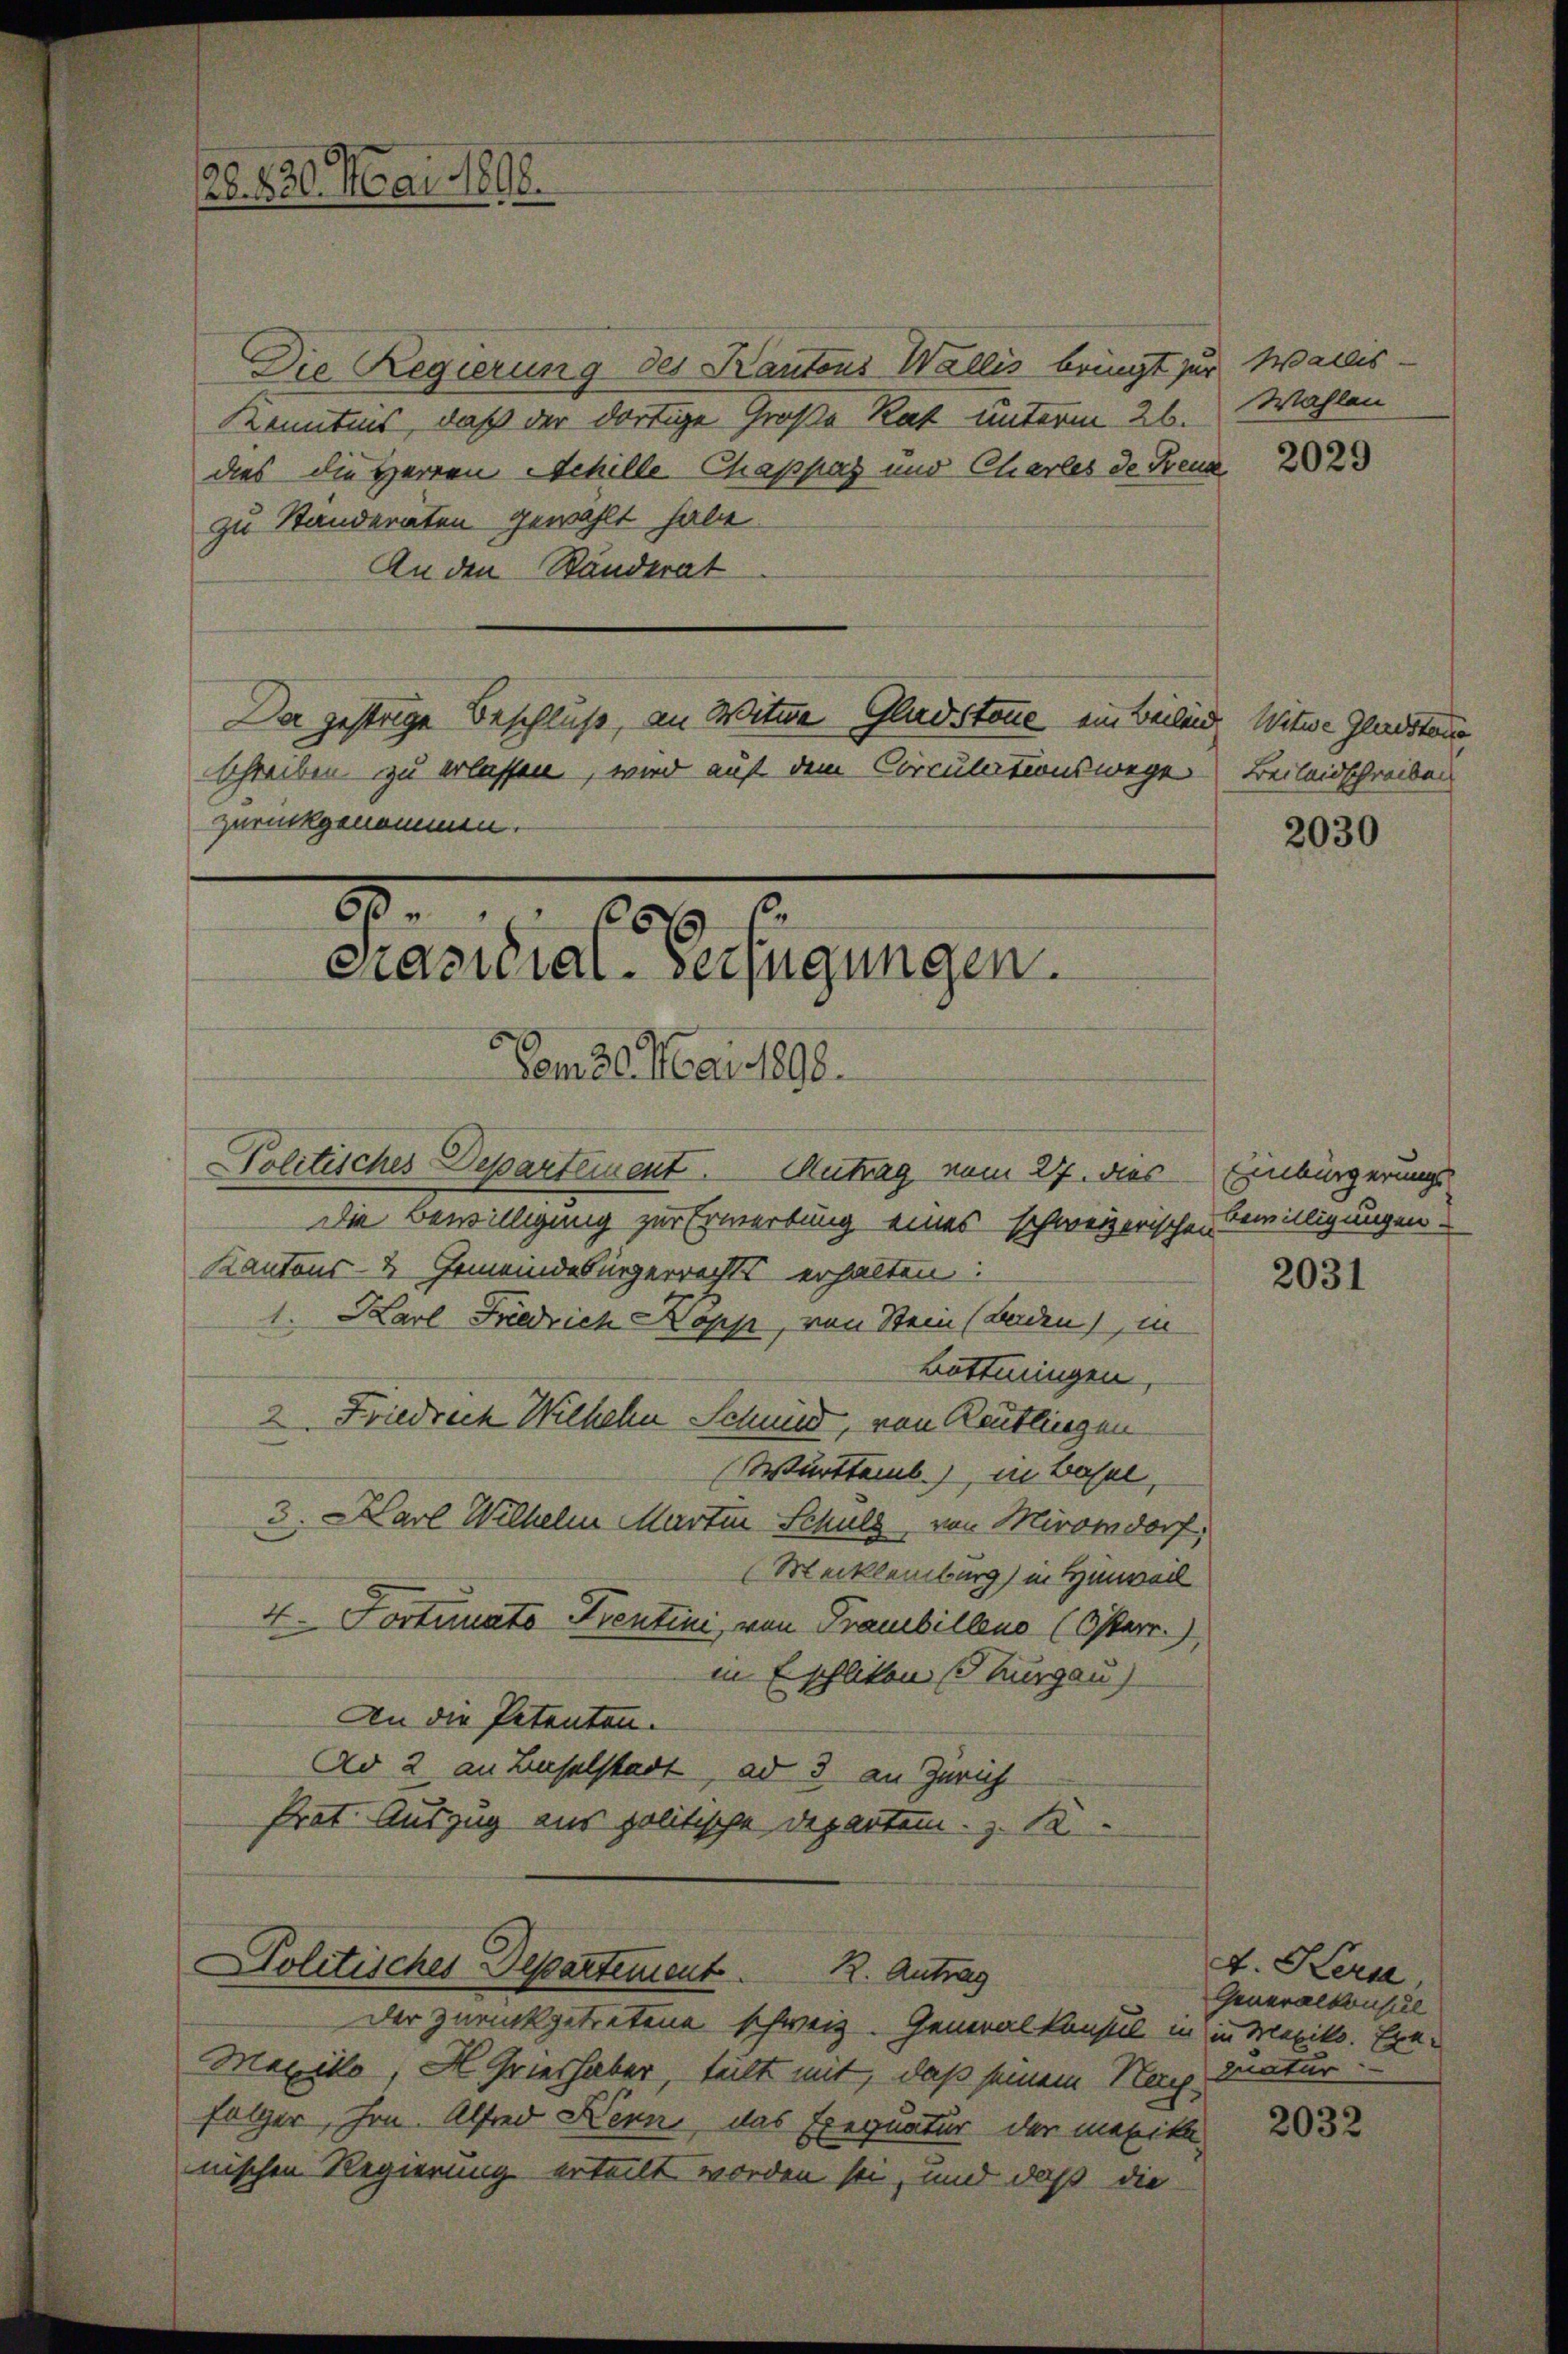
26. 820. Mai 1898.

Die Regierung des Kantons Wallis bringt zur
Kenntnis, daß der dortige Große Rat unterm 26.
dies die Herren Achille Chappaz und Charles de Freud 282
zu Standeräten gewählt habe.
An den Ständerat
Da gestrige Beschluß, an Witwe Gladstone ein Beiland
schreiben zu erlassen, wird auf dem Circulationswege
zurückgenommen.

9
6
Pramidial-Verfügungen.
Vom 26. Mai 1890.

Politisches Departement. Antrag vom 27. dies
Die Bewilligung zur Erwerbung eines schweizerischen
Kantons- & Gemeindebürgerrechts erhalten:
1. Karl Friedrich Kopp, von Stein (Baden), in
Böttingen,
2. Friedrich Wilhehn Schmid, von Reutlingen
Württemb.), in Basel,
v. Karl Wilhelm Martin Schuld, von Hirondorf,
Mecklenburg) in Hinweil
4. Fortunats Prentini, von Franbilleno (Osterr.)
in Eschliten Thurgau)
An die Petenten.
Ad 2 an Baselstadt, ad 3 an Zürich
Prat. Auszug aus politische Departem z. B.

Politisches Departement
R. Antrag
Der zurückgetretene schweiz. Generalkonsul in in Mexiko. Exe¬

Mexiko, H. Gries haber, teilt mit, daß seinem Nach-
folger, Hrn. Alfred Kern, das Exequatur der mexika-
nischen Regierung erteilt worden sei, und daß die

Wallis
Wahlen

Witwe Gladstatio
Becluidschreiben

2030

Einbürgerungs
Bewilligungen.

2031

A. Kern,
Generalkonsul
quatur
2032